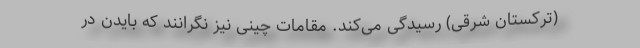
(ترکستان شرقی) رسیدگی می‌کند. مقامات چینی نیز نگرانند که بایدن در